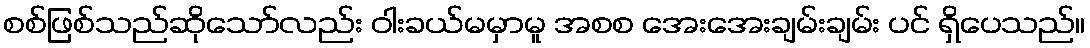
စစ်ဖြစ်သည်ဆိုသော်လည်း ဝါးခယ်မမှာမူ အစစ အေးအေးချမ်းချမ်း ပင် ရှိပေသည်။